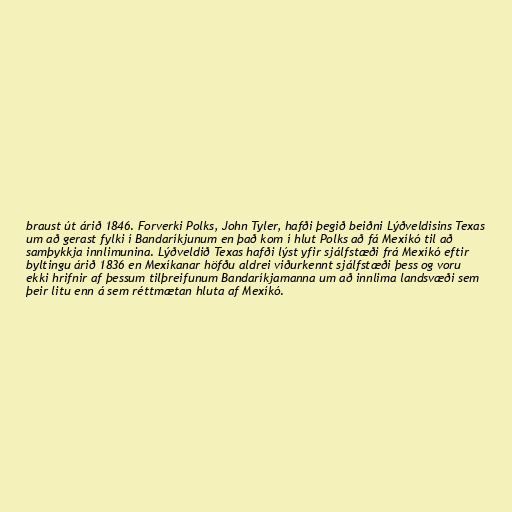
braust út árið 1846. Forverki Polks, John Tyler, hafði þegið beiðni Lýðveldisins Texas
um að gerast fylki í Bandaríkjunum en það kom í hlut Polks að fá Mexíkó til að
samþykkja innlimunina. Lýðveldið Texas hafði lýst yfir sjálfstæði frá Mexíkó eftir
byltingu árið 1836 en Mexíkanar höfðu aldrei viðurkennt sjálfstæði þess og voru
ekki hrifnir af þessum tilþreifunum Bandaríkjamanna um að innlima landsvæði sem
þeir litu enn á sem réttmætan hluta af Mexíkó.